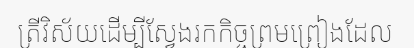
ត្រីវិស័យដើម្បីស្វែងរកកិច្ចព្រមព្រៀងដែល